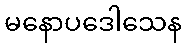
မနောပဒေါသေန